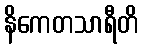
နိကေတသာရီတိ